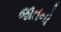
જાતનો